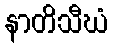
နာတိသီဃံ